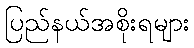
ပြည်နယ်အစိုးရများ